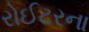
રોઈટરના